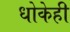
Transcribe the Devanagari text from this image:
धोकेही